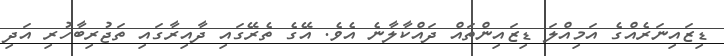
ޑިޒައިނަރެއްގެ އަމިއްލަ ޑިޒައިންތައް ދައްކާލާނެ އެވެ. އޭގެ ތެރޭގައި ދާއިރާގައި ތަޖުރިބާހުރި އަދި